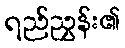
ရည်ညွှန်း၏